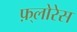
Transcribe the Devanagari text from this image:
फ़्लोरेस